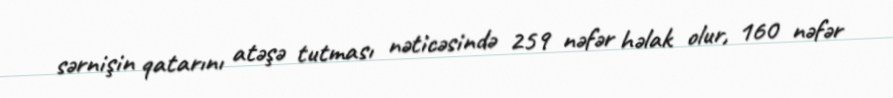
sərnişin qatarını atəşə tutması nəticəsində 259 nəfər həlak olur, 160 nəfər